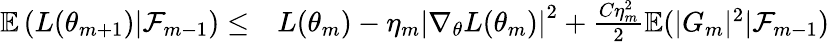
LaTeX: \begin{array}{rl}{\mathbb{E}\left(L(\theta_{m+1})|\mathcal{F}_{m-1}\right)\leq}&{{}L(\theta_{m})-\eta_{m}\left|\nabla_{\theta}L(\theta_{m})\right|^{2}+\frac{C\eta_{m}^{2}}{2}\mathbb{E}(|G_{m}|^{2}|\mathcal{F}_{m-1})}\end{array}